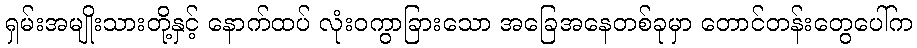
ရှမ်းအမျိုးသားတို့နှင့် နောက်ထပ် လုံးဝကွာခြားသော အခြေအနေတစ်ခုမှာ တောင်တန်းတွေပေါ်က